Lunatic asylums Madras 1892-1911 - 1892-1911
Year: 1892
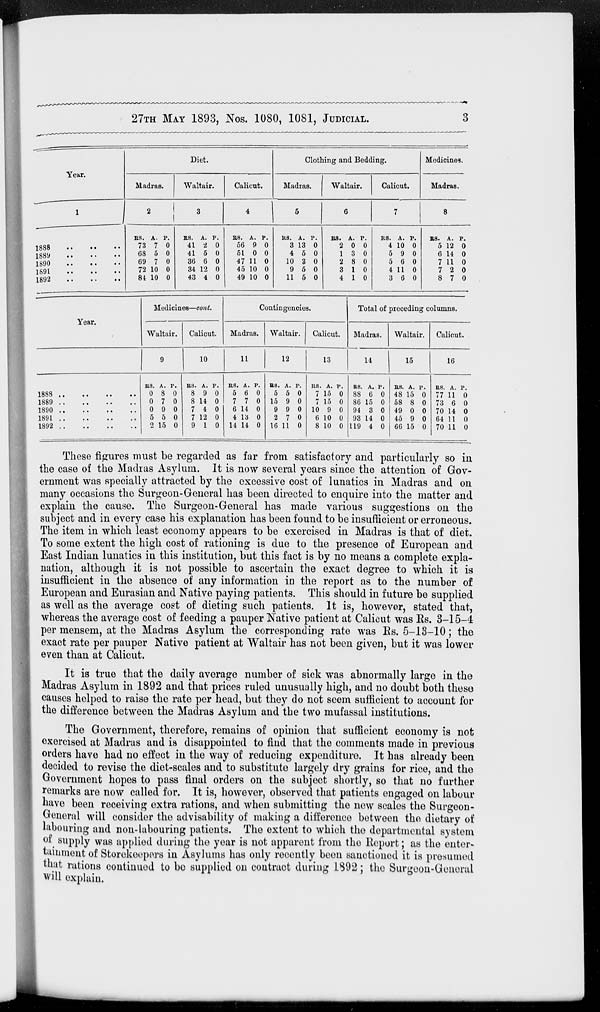
27TH MAY 1893, Nos. 1080, 1081, JUDICIAL.
3
Year.
1
1888 .. .. ..
1889 .. .. ..
1890 .. .. ..
1891 .. .. ..
1892
..
..
..
Diet.
Madras.
2
RS.
73
68
69
72
84
A.
7
5
7
10
10
P.
0
0
0
0
0
Waltair.
3
RS.
41
41
36
34
43
A.
2
5
6
12
4
P.
0
0
0
0
0
Calicut.
4
RS.
56
51
47
45
49
A.
9
0
11
10
10
P.
0
0
0
0
0
Clothing and Bedding.
Madras.
5
RS.
3
4
10
9
11
A.
13
5
3
5
5
P.
0
0
0
0
0
Waltair.
6
RS.
2
1
2
3
4
A.
0
3
8
1
1
P.
0
0
0
0
0
Calicut.
7
RS.
4
5
5
4
3
A.
10
9
6
11
6
P.
0
0
0
0
0
Medicines.
Madras.
8
RS.
5
6
7
7
8
A.
12
14
11
2
7
P.
0
0
0
0
0
Year.
1888 .. .. .. ..
1889
..
..
..
..
1890
..
..
..
..
1891
..
..
..
..
1892
..
..
..
..
Medicines—cont.
Waltair.
9
RS.
0
0
0
5
2
A.
8
7
9
5
15
P.
0
0
0
0
0
Calicut.
10
RS.
8
8
7
7
9
A.
9
14
4
12
1
P.
0
0
0
0
0
Contingencies.
Madras.
11
RS.
5
7
6
4
14
A.
6
7
14
13
14
P.
0
0
0
0
0
Waltair.
12
RS.
5
15
9
2
16
A.
5
9
9
7
11
P.
0
0
0
0
0
Calicut.
13
RS.
7
7
10
6
8
A.
15
15
9
10
10
P.
0
0
0
0
0
Total of preceding columns.
Madras.
14
RS.
88
86
94
93
119
A.
6
15
3
14
4
P.
0
0
0
0
0
Waltair.
15
RS.
48
58
49
45
66
A.
15
8
0
9
15
P.
0
0
0
0
0
Calicut.
16
RS.
77
73
70
64
70
A.
11
6
14
11
11
P.
0
0
0
0
0
These figures must be regarded as far from satisfactory and particularly so in
the case of the Madras Asylum. It is now several years since the attention of Gov-
ernment was specially attracted by the excessive cost of lunatics in Madras and on
many occasions the Surgeon-General has been directed to enquire into the matter and
explain the cause. The Surgeon-General has made various suggestions on the
subject and in every case his explanation has been found to be insufficient or erroneous.
The item in which least economy appears to be exercised in Madras is that of diet.
To some extent the high cost of rationing is due to the presence of European and
East Indian lunatics in this institution, but this fact is by no means a complete expla-
nation, although it is not possible to ascertain the exact degree to which it is
insufficient in the absence of any information in the report as to the number of
European and Eurasian and Native paying patients. This should in future be supplied
as well as the average cost of dieting such patients. It is, however, stated that,
whereas the average cost of feeding a pauper Native patient at Calicut was Rs. 3-15-4
per mensem, at the Madras Asylum the corresponding rate was Rs. 5-13-10; the
exact rate per pauper Native patient at Waltair has not been given, but it was lower
even than at Calicut.
It is true that the daily average number of sick was abnormally large in the
Madras Asylum in 1892 and that prices ruled unusually high, and no doubt both these
causes helped to raise the rate per head, but they do not seem sufficient to account for
the difference between the Madras Asylum and the two mufassal institutions.
The Government, therefore, remains of opinion that sufficient economy is not
exercised at Madras and is disappointed to find that the comments made in previous
orders have had no effect in the way of reducing expenditure. It has already been
decided to revise the diet-scales and to substitute largely dry grains for rice, and the
Government hopes to pass final orders on the subject shortly, so that no further
remarks are now called for. It is, however, observed that patients engaged on labour
have been receiving extra rations, and when submitting the new scales the Surgeon-
General will consider the advisability of making a difference between the dietary of
labouring and non-labouring patients. The extent to which the departmental system
of supply was applied during the year is not apparent from the Report; as the enter-
tainment of Storekeepers in Asylums has only recently been sanctioned it is presumed
that rations continued to be supplied on contract during 1892; the Surgeon-General
will explain.